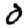
Digit: 0